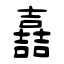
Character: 嚞